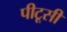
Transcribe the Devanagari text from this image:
पीटूसी